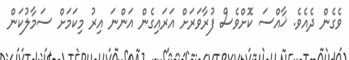
ވެގެން ދެއެވެ. ޚާއްސަ ކޮށްވެސް ފުރާވަރަށް އަރައިގެން އަންނަ އިރު މިކަމަށް ސަމާލުކަން